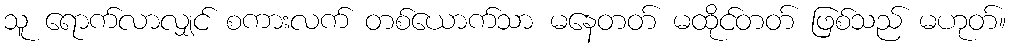
သူ ရောက်လာလျှင် စကားလက် တစ်ယောက်သာ မနေတတ် မထိုင်တတ် ဖြစ်သည် မဟုတ်။